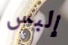
إلبس